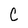
Character: C